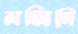
মজিদি